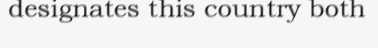
designates this country both